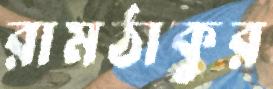
রামঠাকুর